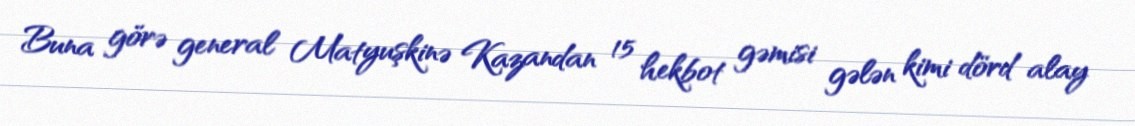
Buna görə general Matyuşkinə Kazandan 15 hekbot gəmisi gələn kimi dörd alay